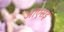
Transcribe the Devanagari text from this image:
ओएसई